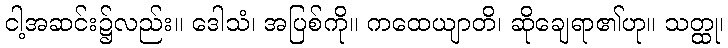
ငါ့အဆင်း၌လည်း။ ဒေါသံ၊ အပြစ်ကို။ ကထေယျာတိ၊ ဆိုချေရာ၏ဟု။ သတ္ထု၊